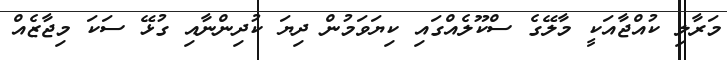
މަރާލި ކުއްޖާއަކީ މާލޭގެ ސްކޫލެއްގައި ކިޔަވަމުން ދިޔަ ކުދިންނާއި ގުޅޭ ސަކަ މިޖާޒެއް